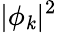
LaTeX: |\phi_{\mathit{k}}|^{2}